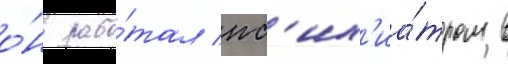
о́н рабо́тал пс'их'иа́тром в